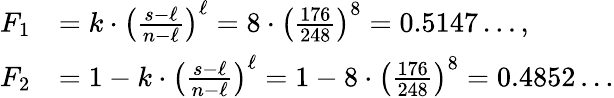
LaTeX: \begin{array}{rl}{F_{1}}&{=k\cdot\left(\frac{s-\ell}{n-\ell}\right)^{\ell}=8\cdot\left(\frac{176}{248}\right)^{8}=0.5147\ldots,}\\ {F_{2}}&{=1-k\cdot\left(\frac{s-\ell}{n-\ell}\right)^{\ell}=1-8\cdot\left(\frac{176}{248}\right)^{8}=0.4852\ldots}\end{array}